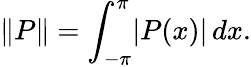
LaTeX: \| P\| =\int_{-\pi}^{\pi}\! |P(x)|\, dx.